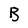
Character: B